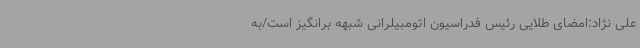
علی نژاد:امضای طلایی رئیس فدراسیون اتومبیلرانی شبهه برانگیز است/به